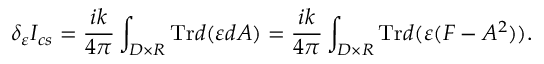
\delta _ { \varepsilon } I _ { c s } = \frac { i k } { 4 \pi } \int _ { D \times R } \mathrm { T r } d ( \varepsilon d A ) = \frac { i k } { 4 \pi } \int _ { D \times R } \mathrm { T r } d ( \varepsilon ( F - A ^ { 2 } ) ) .